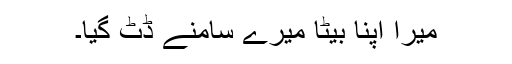
میرا اپنا بیٹا میرے سامنے ڈٹ گیا۔